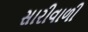
સારીવાળી